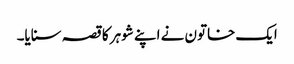
ایک خاتون نے اپنے شوہر کا قصہ سنایا۔